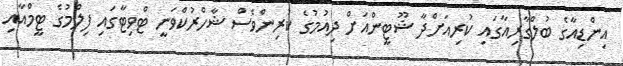
އިންޑިއާގެ ބުލްގާރިއާގައި ކުރިއަށްދާ ޝޫޓީންއަށް ދިއުމުގެ ކުރިންވެސް ޝާހްރުކްވަނީ ޓްވިޓާގައި ފިލްމުގެ ޓީމްއާއި